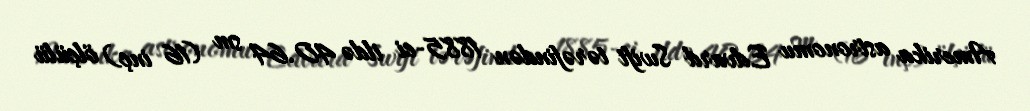
Amerika astronomu Edvard Swift tərəfindən 1885-ci ildə 40.64 sm (16 inç) ölçülü